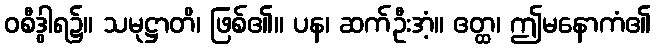
ဝစီဒွါရ၌။ သမုဋ္ဌာတိ၊ ဖြစ်၏။ ပန၊ ဆက်ဦးအံ့။ ဧတ္ထ၊ ဤမနောကံ၏